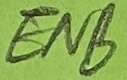
Text: ENB